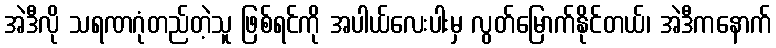
အဲဒီလို သရဏဂုံတည်တဲ့သူ ဖြစ်ရင်ကို အပါယ်လေးပါးမှ လွတ်မြောက်နိုင်တယ်၊ အဲဒီကနောက်